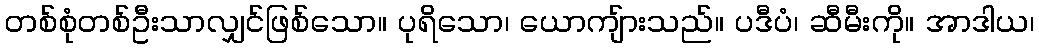
တစ်စုံတစ်ဦးသာလျှင်ဖြစ်သော။ ပုရိသော၊ ယောကျ်ားသည်။ ပဒီပံ၊ ဆီမီးကို။ အာဒါယ၊